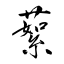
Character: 蕠